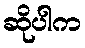
ဆိုပါက